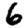
Digit: 6